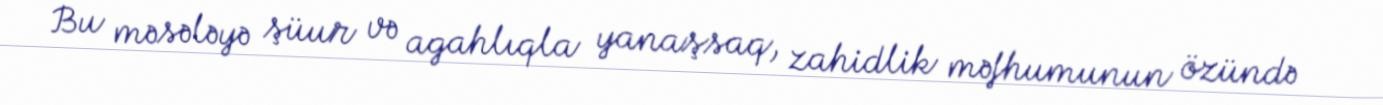
Bu məsələyə şüur və agahlıqla yanaşsaq, zahidlik məfhumunun özündə